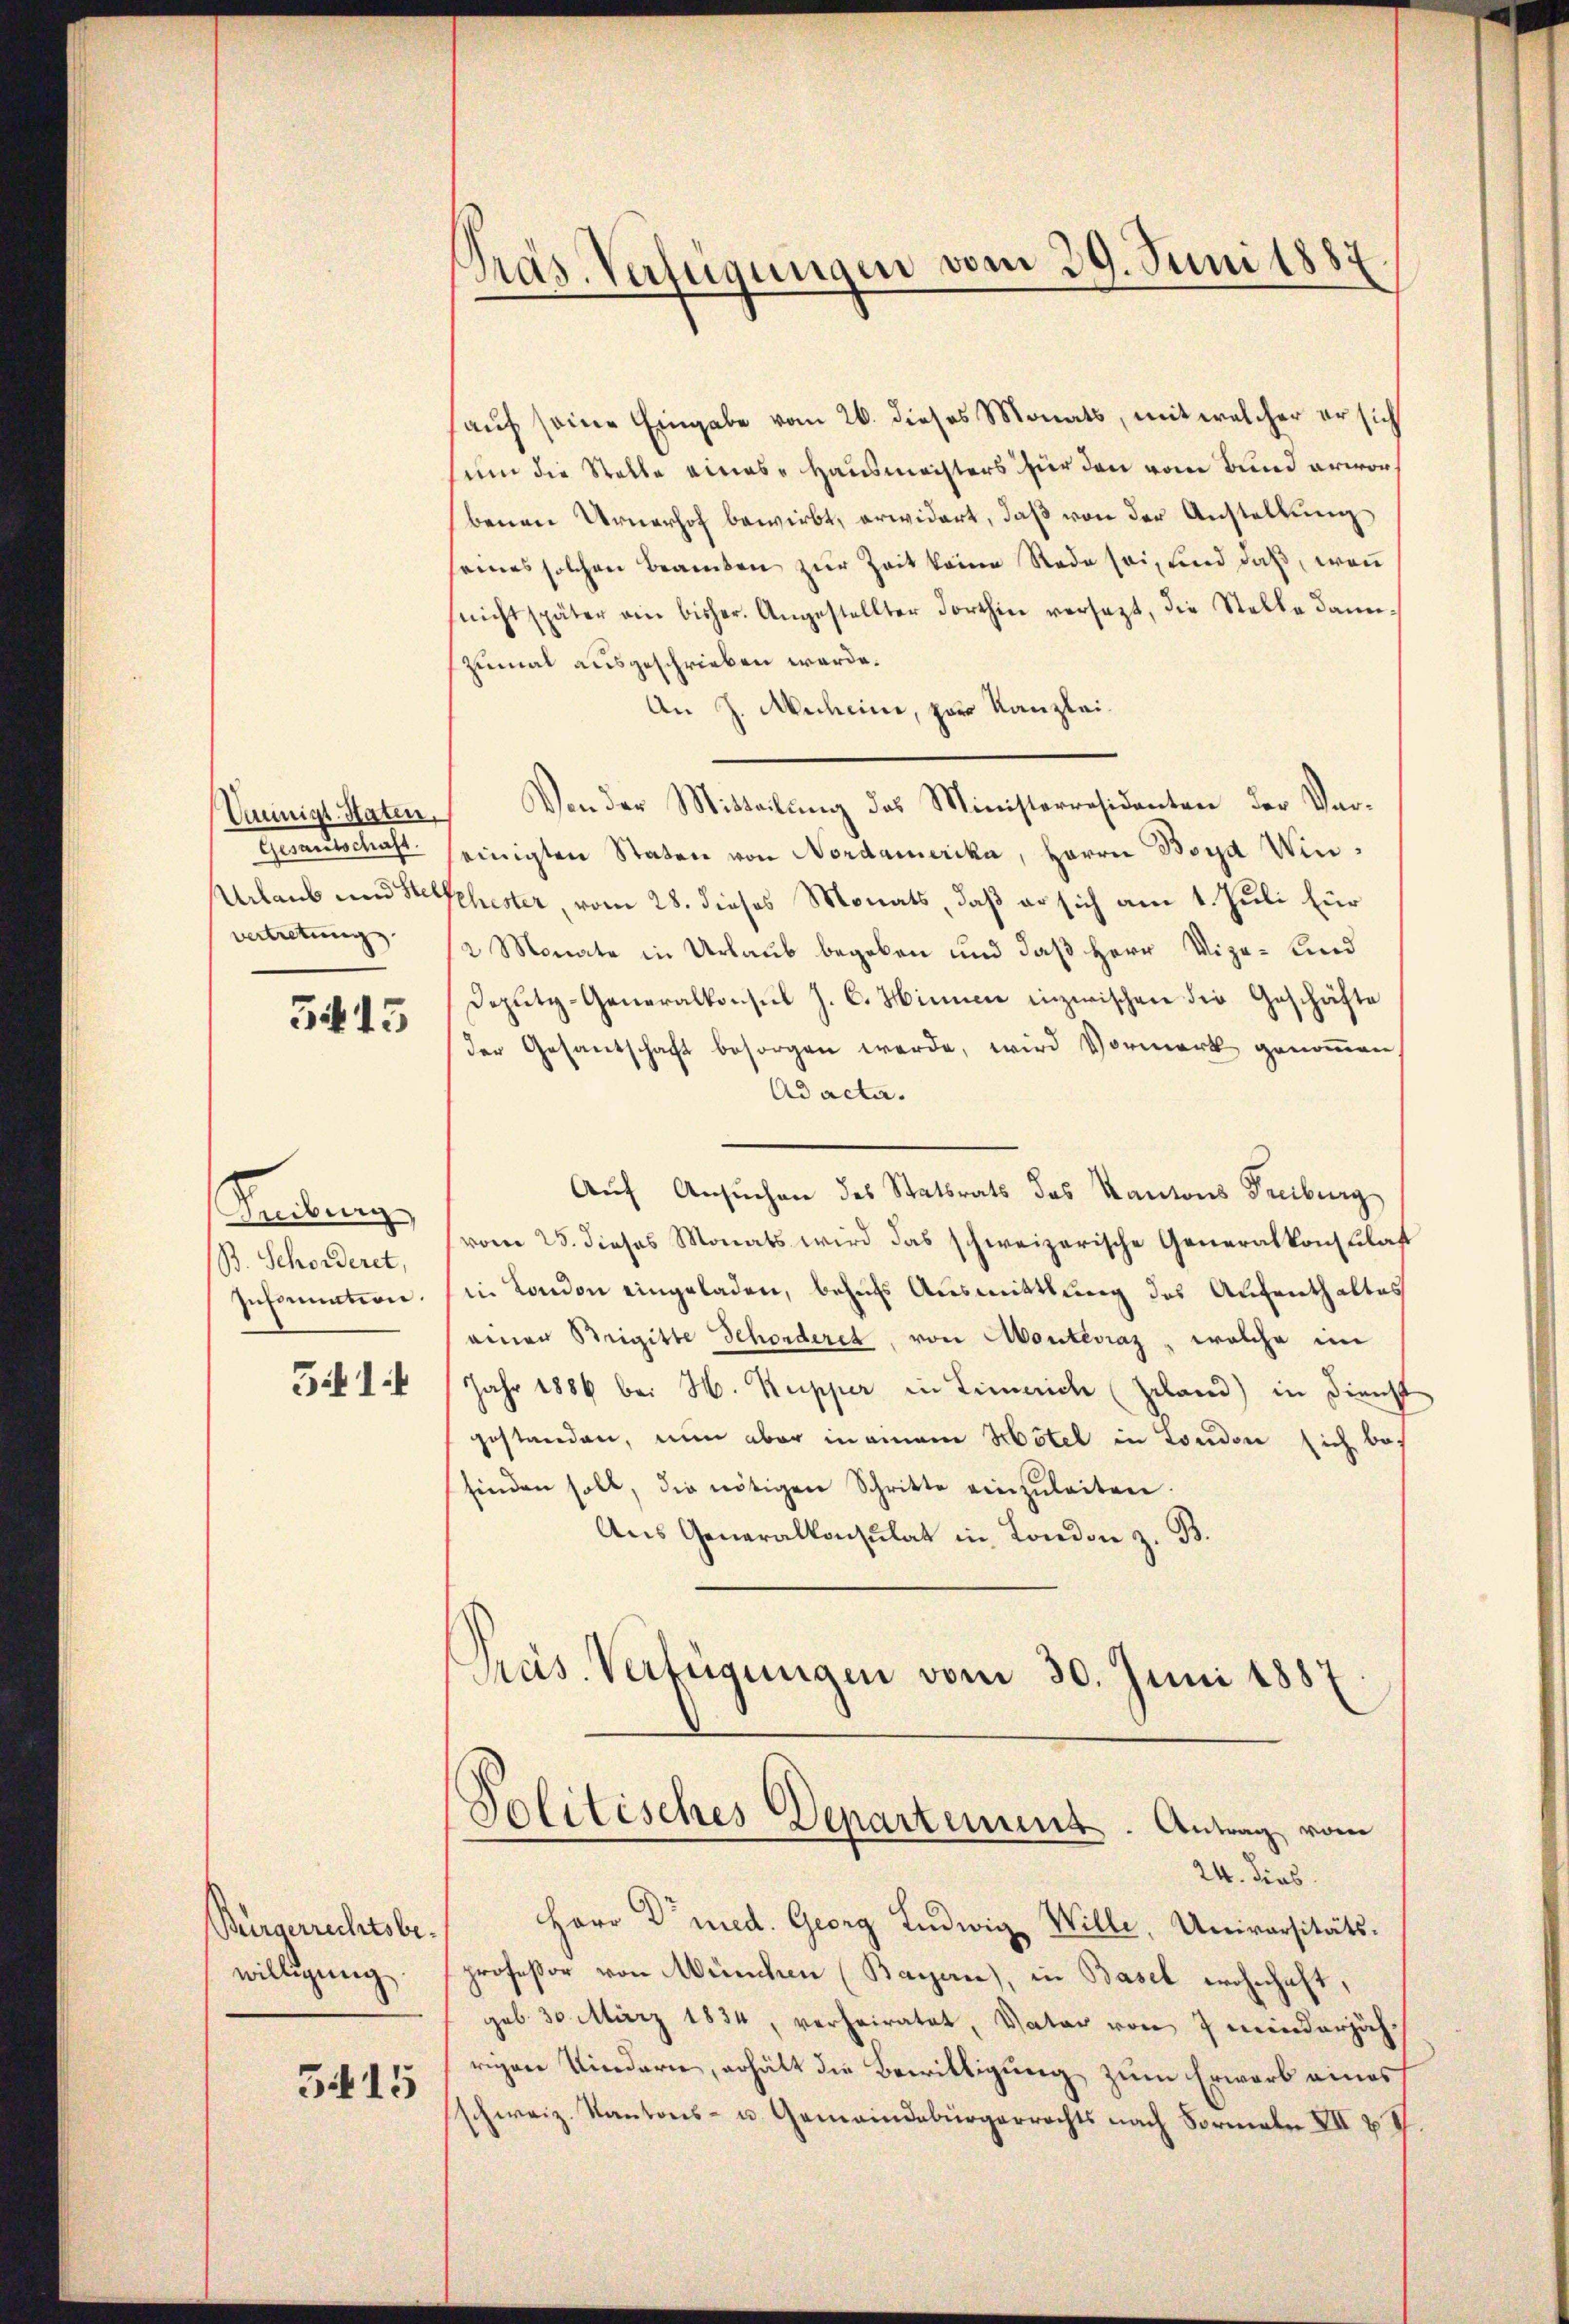
Unmigt. Haten,
Gesandtschaft
vertretung

3415

Keilung
B. Schorderet,
Insinuation.

5414

Bürgerrechtsbewilligung.

3415

Pras Verfügungen vom 29. Juni 1887

auf seine Eingabe vom 26. dieses Monats, mit welcher er sich
sin die Stelle eines Hausmachters für den vom Bund erworbenen Urnerhof bewirbt, erwidert, daß von der Anstellung
seines solchen Beamten zur Zeit keine Rede sei, und daß, wenn
(nicht später ein bisher. Angestellter Forthin versetzt, die Stelle dann-
zumal ausgeschrieben werde.
An J. Ascheine, zur Kanzlei.
Von der Mitteilung des Ministerresidenten der Verseinigten Staten von Nordamerika, Herrn Boya Win¬
Urlaub und Sehester, vom 28. dieses Monats, daß er sich am 1. Juli für
2 Monate in Urlaub begeben und daß Herr Vize- und
Deputi-Generalkonsul J. C. Hine inzwischen die Geschäfte
der Gesantschaft besorgen werde, wird Vormerk genommen,
Ad acta.
Auf Ansuchen des Statsrats des Kantons Freiburg
vom 25. dieses Monats wird das schweizerische Generalkonsulat
in London eingeladen, behufs Ausmittlung des Aufenthaltes
einer Steigitte Schorderet, von Monteviaz, welche im
Jahr 1886 bei H. Kupper in Limeich (Zeland) in Dienst
gestanden, nun aber in einem Hotel in London sich befinden soll, die nötigen Schritte einzŭleiten.
Aus Generalkonsulat in London z. B.
Präs. Verfügungen vom 30. Juni 1887
Solitisches Departement. Antrag vom
24. dies
Herr Dr med. Georg Ludwig Wille, Universitätsprofeßor von München (Bayan), in Basel wohnhaft,
geb. 30. März 1834, verheiratet, Vater von 7 minderjäh-
rigen Kindern, erhält die Bewilligung zum Erwarb eines
schweiz. Kantons- u. Gemeindebürgerrechts nach Formale XII V